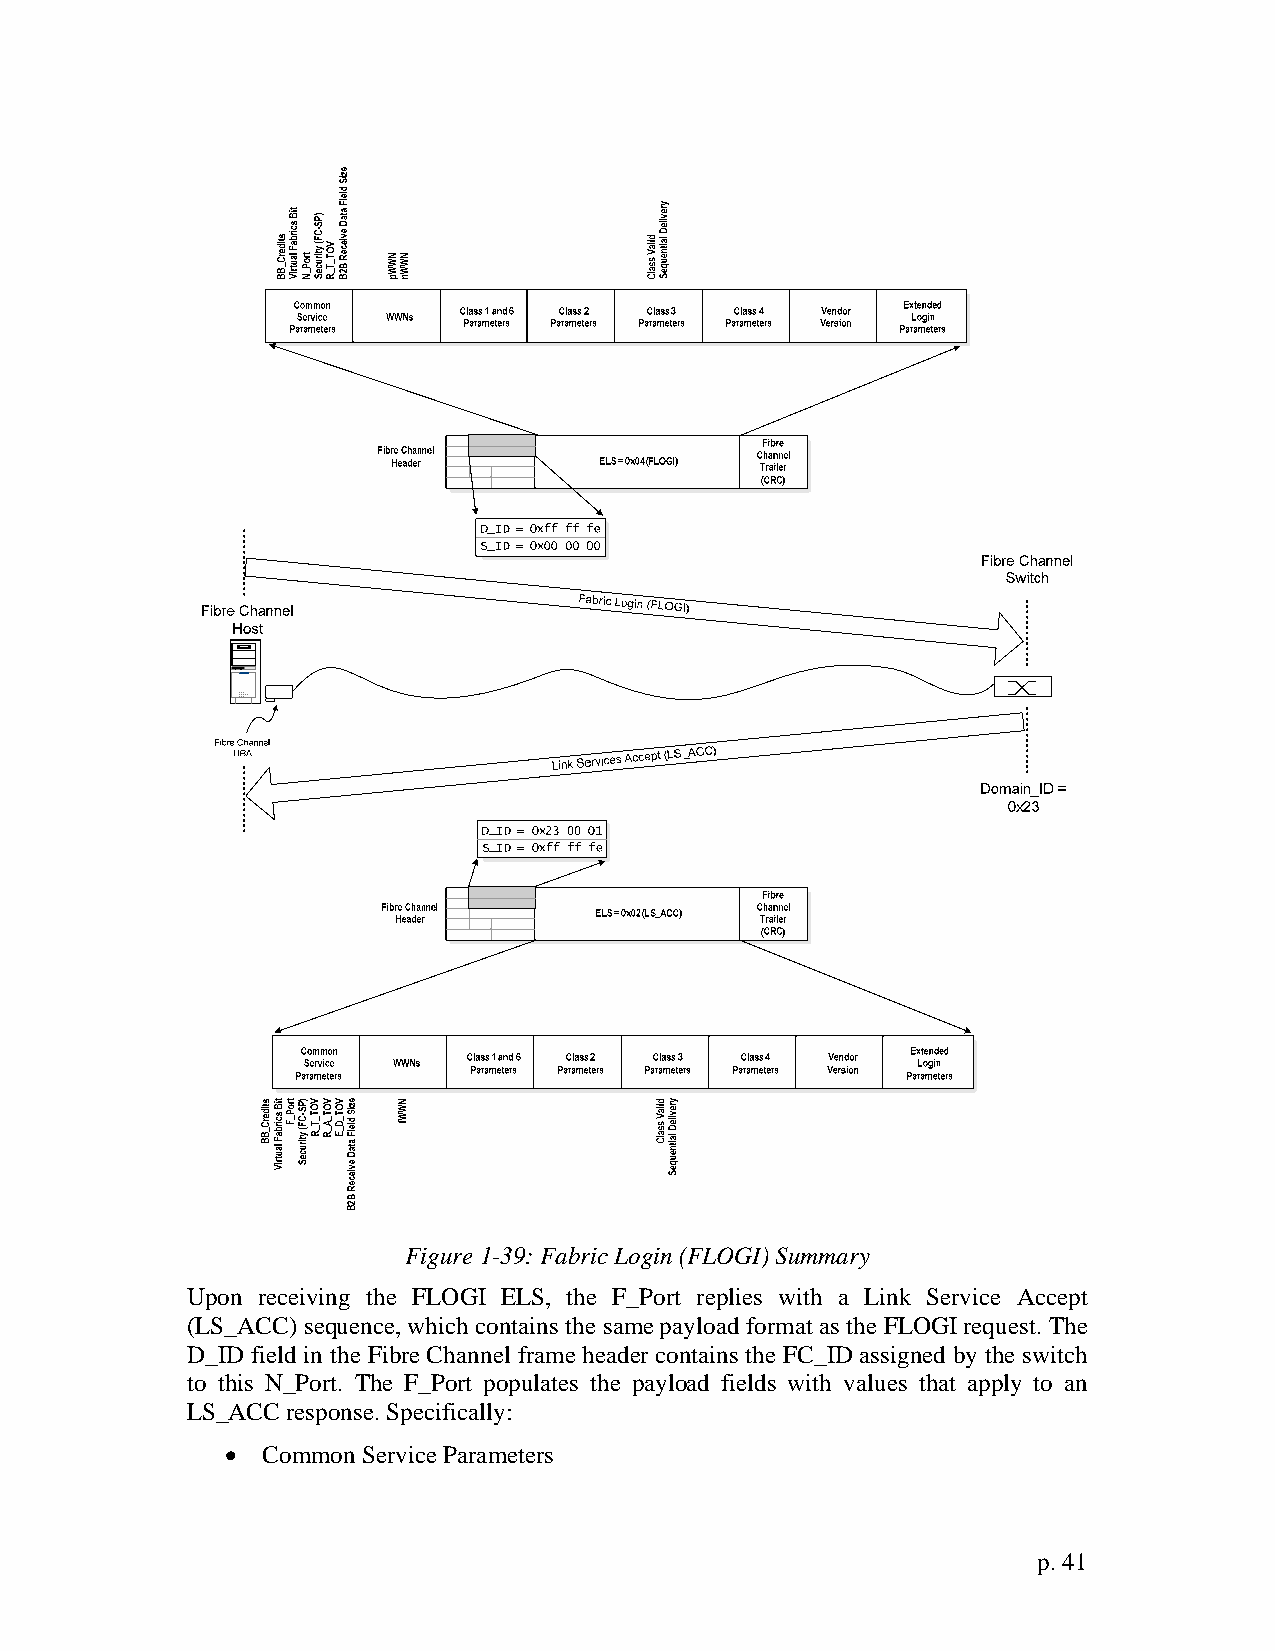
Figure 1-39: Fabric Login (FLOGI) Summary
 Upon receiving the FLOGI ELS, the F_Port replies with a Link Service Accept
 (LS_ACC) sequence, which contains the same payload format as the FLOGI request. The
 D_ID field in the Fibre Channel frame header contains the FC_ID assigned by the switch
 to this N_Port. The F_Port populates the payload fields with values that apply to an
 LS_ACC response. Specifically:
 • Common Service Parameters
 p. 41